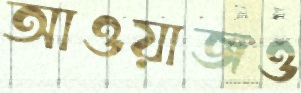
আওয়াজও